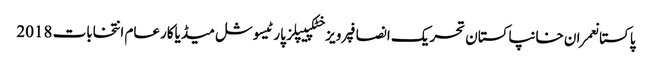
پاکستانعمران خانپاکستان تحریک انصافپرویز خٹکپیپلز پارٹیسوشل میڈیاکارعام انتخابات 2018